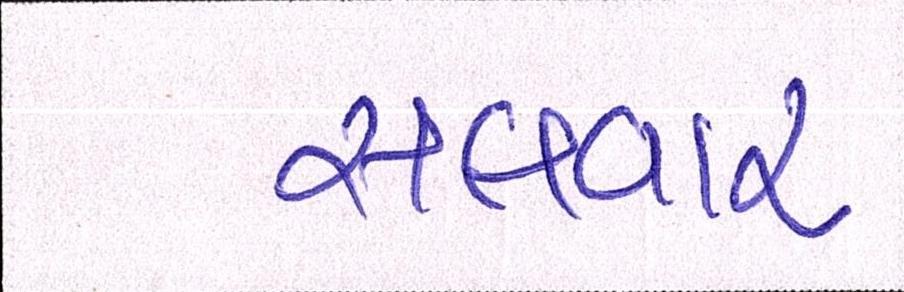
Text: સલવાર